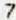
7